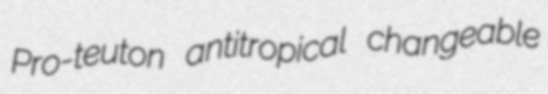
Pro-teuton antitropical changeable